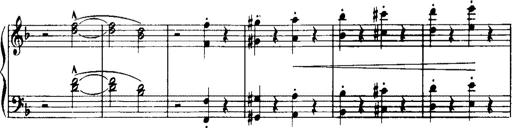
Title: Historische ungarische Bildnisse
Composer: Franz Liszt